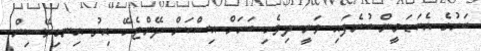
ބަހުގެ އެކަޑަމީން ބުނެފައި ވަނީ ދިވެހި ބަހަށް އިސްކަން ދޭންޖެހޭ އިރު އިނގިރޭސިން